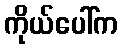
ကိုယ်ပေါ်က